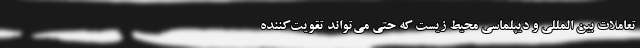
تعاملات بین المللی و دیپلماسی محیط زیست که حتی می‌تواند تقویت‌کننده